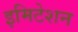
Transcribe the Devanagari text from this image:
इमिटेशन